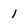
Character: l